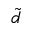
\widetilde { d }